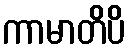
ကာမာတိပိ